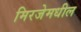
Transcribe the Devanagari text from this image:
मिरजेमधील